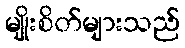
မျိုးစိတ်များသည်